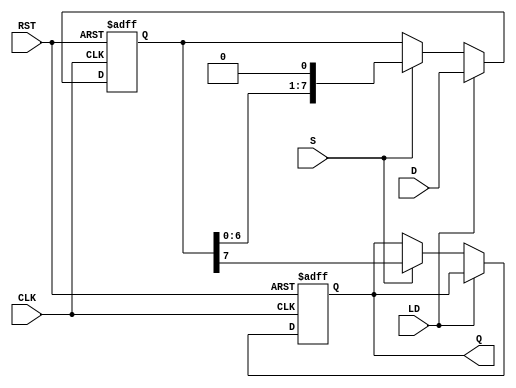
module PISO_Register #(
    parameter DATA_WIDTH = 8    // Parameter to set the width of data input
) (
    input wire [DATA_WIDTH-1:0] D, // Parallel data input
    input wire LD,                  // Load control signal
    input wire S,                   // Shift control signal
    input wire CLK,                 // Clock signal
    input wire RST,                 // Asynchronous reset signal
    output reg Q                   // Serial output
);

    // Internal shift register
    reg [DATA_WIDTH-1:0] shift_reg;

    always @(posedge CLK or posedge RST) begin
        if (RST) begin
            // Clear the shift register on reset
            shift_reg <= {DATA_WIDTH{1'b0}};
            Q <= 1'b0; // Output Q reset to 0
        end else begin
            if (LD) begin
                // Load data in parallel when LD is asserted
                shift_reg <= D;
            end else if (S) begin
                // Shift data out serially when Shift is asserted
                Q <= shift_reg[DATA_WIDTH-1]; // Output the MSB
                shift_reg <= {shift_reg[DATA_WIDTH-2:0], 1'b0}; // Shift left
            end
        end
    end
endmodule